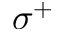
\sigma ^ { + }